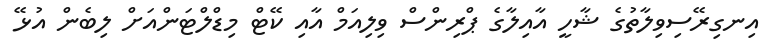
އިނގިރޭސިވިލާތުގެ ޝާހީ އާއިލާގެ ޕްރިންސް ވިލިއަމް އާއި ކޭޓް މިޑްލްޓަންއަށް ލިބެން އުޅޭ